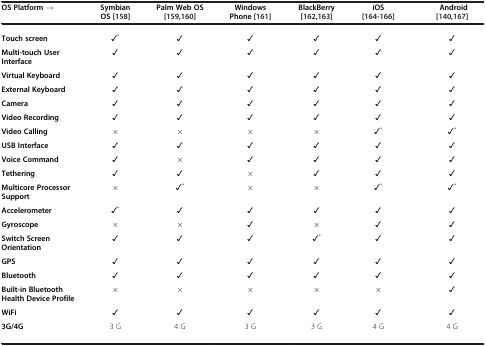
<table><thead><tr><td><b>OS Platform →</b></td><td><b>Symbian OS[158]</b></td><td><b>Palm Web OS[159,160]</b></td><td><b>Windows Phone[161]</b></td><td><b>BlackBerry[162,163]</b></td><td><b>iOS[164-166]</b></td><td><b>Android[140,167]</b></td></tr></thead><tbody><tr><td><b>Touch screen</b></td><td>✓<sup>*</sup></td><td>✓</td><td>✓</td><td>✓</td><td>✓</td><td>✓</td></tr><tr><td><b>Multi-touch User Interface</b></td><td>✓</td><td>✓</td><td>✓</td><td>✓</td><td>✓</td><td>✓</td></tr><tr><td><b>Virtual Keyboard</b></td><td>✓</td><td>✓</td><td>✓</td><td>✓</td><td>✓</td><td>✓</td></tr><tr><td><b>External Keyboard</b></td><td>✓</td><td>✓</td><td>✓</td><td>✓</td><td>✓</td><td>✓</td></tr><tr><td><b>Camera</b></td><td>✓</td><td>✓</td><td>✓</td><td>✓</td><td>✓</td><td>✓</td></tr><tr><td><b>Video Recording</b></td><td>✓</td><td>✓</td><td>✓</td><td>✓</td><td>✓</td><td>✓</td></tr><tr><td><b>Video Calling</b></td><td>×</td><td>×</td><td>×</td><td>×</td><td>✓<sup>*</sup></td><td>✓<sup>*</sup></td></tr><tr><td><b>USB Interface</b></td><td>✓</td><td>✓</td><td>✓</td><td>✓</td><td>✓</td><td>✓</td></tr><tr><td><b>Voice Command</b></td><td>✓</td><td>×</td><td>✓</td><td>✓</td><td>✓</td><td>✓</td></tr><tr><td><b>Tethering</b></td><td>✓</td><td>✓</td><td>×</td><td>✓</td><td>✓</td><td>✓</td></tr><tr><td><b>Multicore Processor Support</b></td><td>×</td><td>✓<sup>*</sup></td><td>×</td><td>×</td><td>✓<sup>*</sup></td><td>✓<sup>*</sup></td></tr><tr><td><b>Accelerometer</b></td><td>✓<sup>*</sup></td><td>✓</td><td>✓</td><td>✓</td><td>✓</td><td>✓</td></tr><tr><td><b>Gyroscope</b></td><td>×</td><td>×</td><td>✓</td><td>×</td><td>✓</td><td>✓</td></tr><tr><td><b>Switch Screen Orientation</b></td><td>✓</td><td>✓</td><td>✓</td><td>✓<sup>*</sup></td><td>✓</td><td>✓</td></tr><tr><td><b>GPS</b></td><td>✓</td><td>✓</td><td>✓</td><td>✓</td><td>✓</td><td>✓</td></tr><tr><td><b>Bluetooth</b></td><td>✓</td><td>✓</td><td>✓</td><td>✓</td><td>✓</td><td>✓</td></tr><tr><td><b>Built-in Bluetooth Health Device Profile</b></td><td>×</td><td>×</td><td>×</td><td>×</td><td>×</td><td>✓</td></tr><tr><td><b>WiFi</b></td><td>✓</td><td>✓</td><td>✓</td><td>✓</td><td>✓</td><td>✓</td></tr><tr><td><b>3G/4G</b></td><td>3 G</td><td>4 G</td><td>3 G</td><td>3 G</td><td>4 G</td><td>4 G</td></tr></tbody></table>